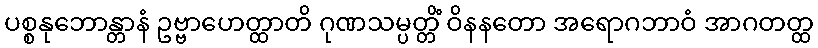
ပစ္စနုဘောန္တာနံ ဥဗ္ဗာဟေတ္ထာတိ ဂုဏသမ္ပတ္တိံ ဝိနနတော အရောဂဘာဝံ အာဂတတ္ထ